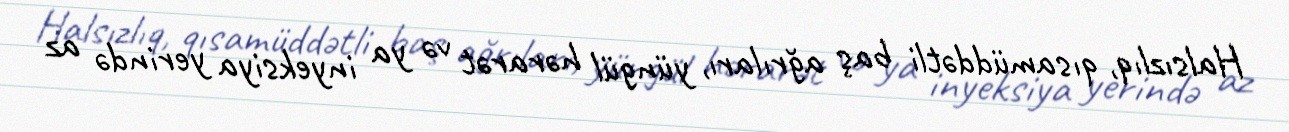
Halsızlıq, qısamüddətli baş ağrıları, yüngül hərarət və ya inyeksiya yerində az